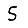
Digit: 5